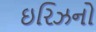
ઇરિઝનો